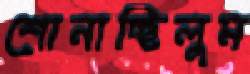
শোনাচ্ছিলুম